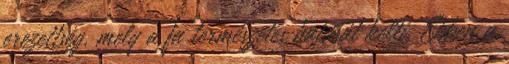
erezettség, mely a fa természetes hatását kelti. Ebben a